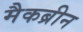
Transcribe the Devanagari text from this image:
मैकब्रीन